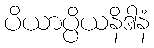
ပိယာပ္ပိယနိဒါနံ